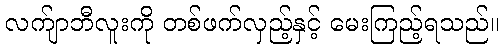
လက်ျာဘီလူးကို တစ်ဖက်လှည့်နှင့် မေးကြည့်ရသည်။